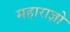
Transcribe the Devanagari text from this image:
महाराज्ञो